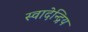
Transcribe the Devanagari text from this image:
स्वादेन्द्रिय